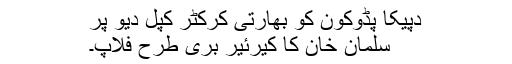
دپیکا پڈوکون کو بھارتی کرکٹر کپل دیو پر
سلمان خان کا کیرئیر بری طرح فلاپ۔